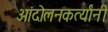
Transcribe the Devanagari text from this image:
आंदोलनकर्त्यांनी